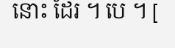
នោះ ដែរ ។ បេ ។ [